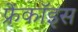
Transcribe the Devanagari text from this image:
फ्रेंकॉइस